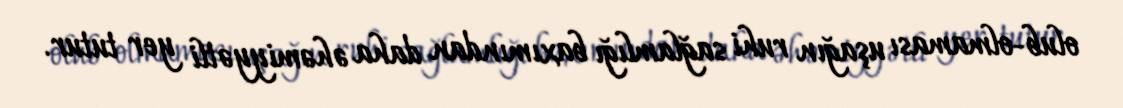
olub-olmaması uşağın ruhi sağlamlığı baxımından daha əhəmiyyətli yer tutur.